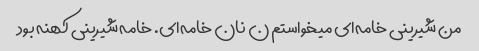
من شیرینی خامه‌ای میخواستم ن نان خامه‌ای. خامه شیرینی کهنه بود